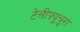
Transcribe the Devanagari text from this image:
टेलीफ़्यूचुरा